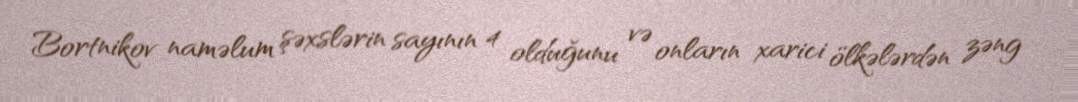
Bortnikov naməlum şəxslərin sayının 4 olduğunu və onların xarici ölkələrdən zəng